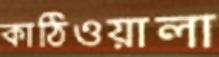
কাঠিওয়ালা